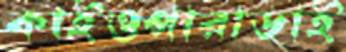
কাইওপারাডাই